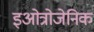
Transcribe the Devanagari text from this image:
इओत्रोजेनिक